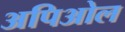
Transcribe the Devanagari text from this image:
अपिओल